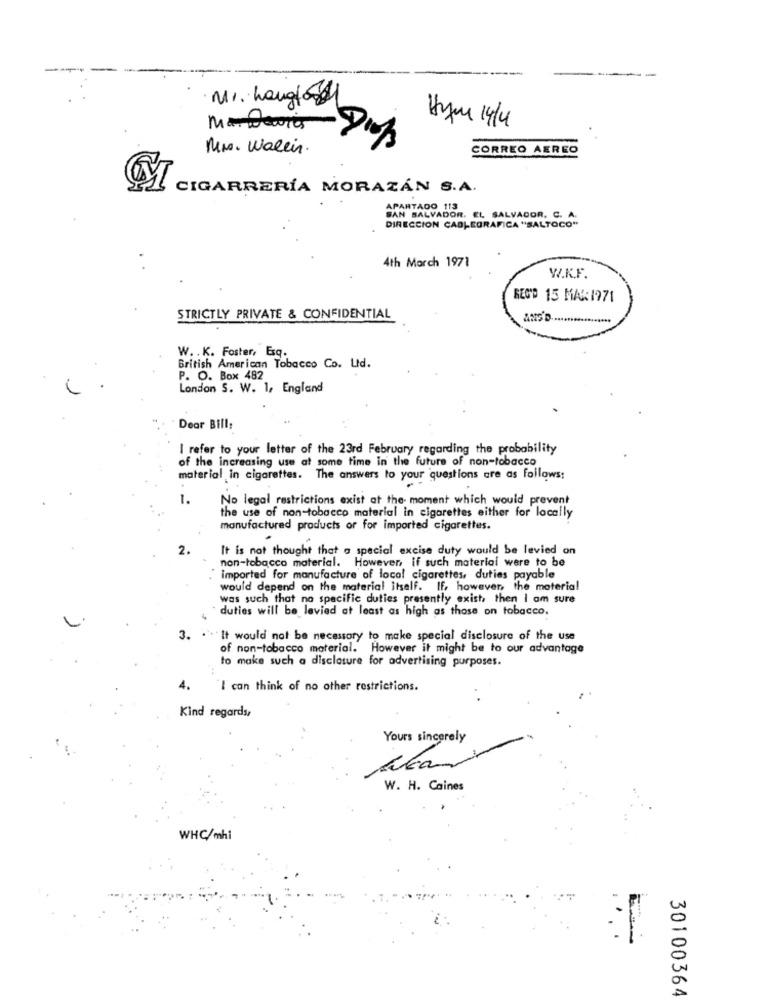
· MI. hanglobal
Hymn 14/14
Mrs. Walein.
CORREO AEREO
CIGARRERÍA MORAZÁN S.A.
APARTADO 113
SAN SALVADOR. EL SALVADOR. C. A.
DIRECCION CABLEGRAFICA "SALTOCO"
4th March 1971
W.K.F
REC'D 15 MAR1971
STRICTLY PRIVATE & CONFIDENTIAL
W. . K. Foster, Esq.
British American Tobacco Co. Ltd.
P. O. Box 482
London S. W. 1, England
Dear Bill:
I refer to your letter of the 23rd February regarding the probability
of the increasing use at some time in the future of non-tobacco
material in cigarettes. The answers to your questions are as follows:
1.
No legal restrictions exist at the- moment which would prevent
the use of non-tobacco material in cigarettes either for locally
manufactured products or for imported cigarettes.
2.
It is not thought that a special excise duty would be levied on
non-tobacco material. However, if such material were to be
imported for manufacture of local cigarettes, duties payable
would depend on the material itself. If, however, the material
was such that no specific duties presently exist, then I am sure
duties will be levied at least as high as those on tobacco.
3. . . It would not be necessary to make special disclosure of the use
of non-tobacco material. However it might be to our advantage
to make such a disclosure for advertising purposes.
4.
"I can think of no other restrictions.
Kind regards,
Yours sincerely
W. H. Caines
WHC/mhi
30100364